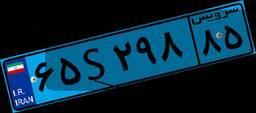
۶۵S۲۹۸۸۵